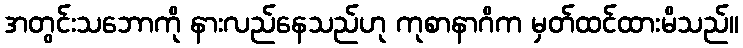
အတွင်းသဘောကို နားလည်နေသည်ဟု ကုစာနာဂိက မှတ်ထင်ထားမိသည်။